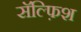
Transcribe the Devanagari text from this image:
सॅल्फ़िश